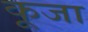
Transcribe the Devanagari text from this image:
कूजा